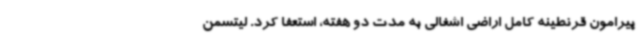
پیرامون قرنطینه کامل اراضی اشغالی به مدت دو هفته، استعفا کرد. لیتسمن